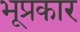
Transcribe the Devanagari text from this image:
भूप्रकार